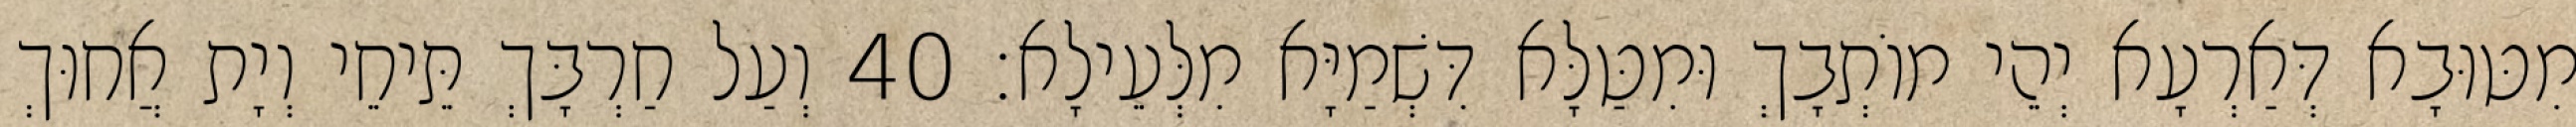
מִטּוּבָא דְּאַרְעָא יְהֵי מוֹתְבָךְ וּמִטַּלָּא דִּשְׁמַיָּא מִלְּעֵילָא׃ 40 וְעַל חַרְבָּךְ תֵּיחֵי וְיָת אֲחוּךְ